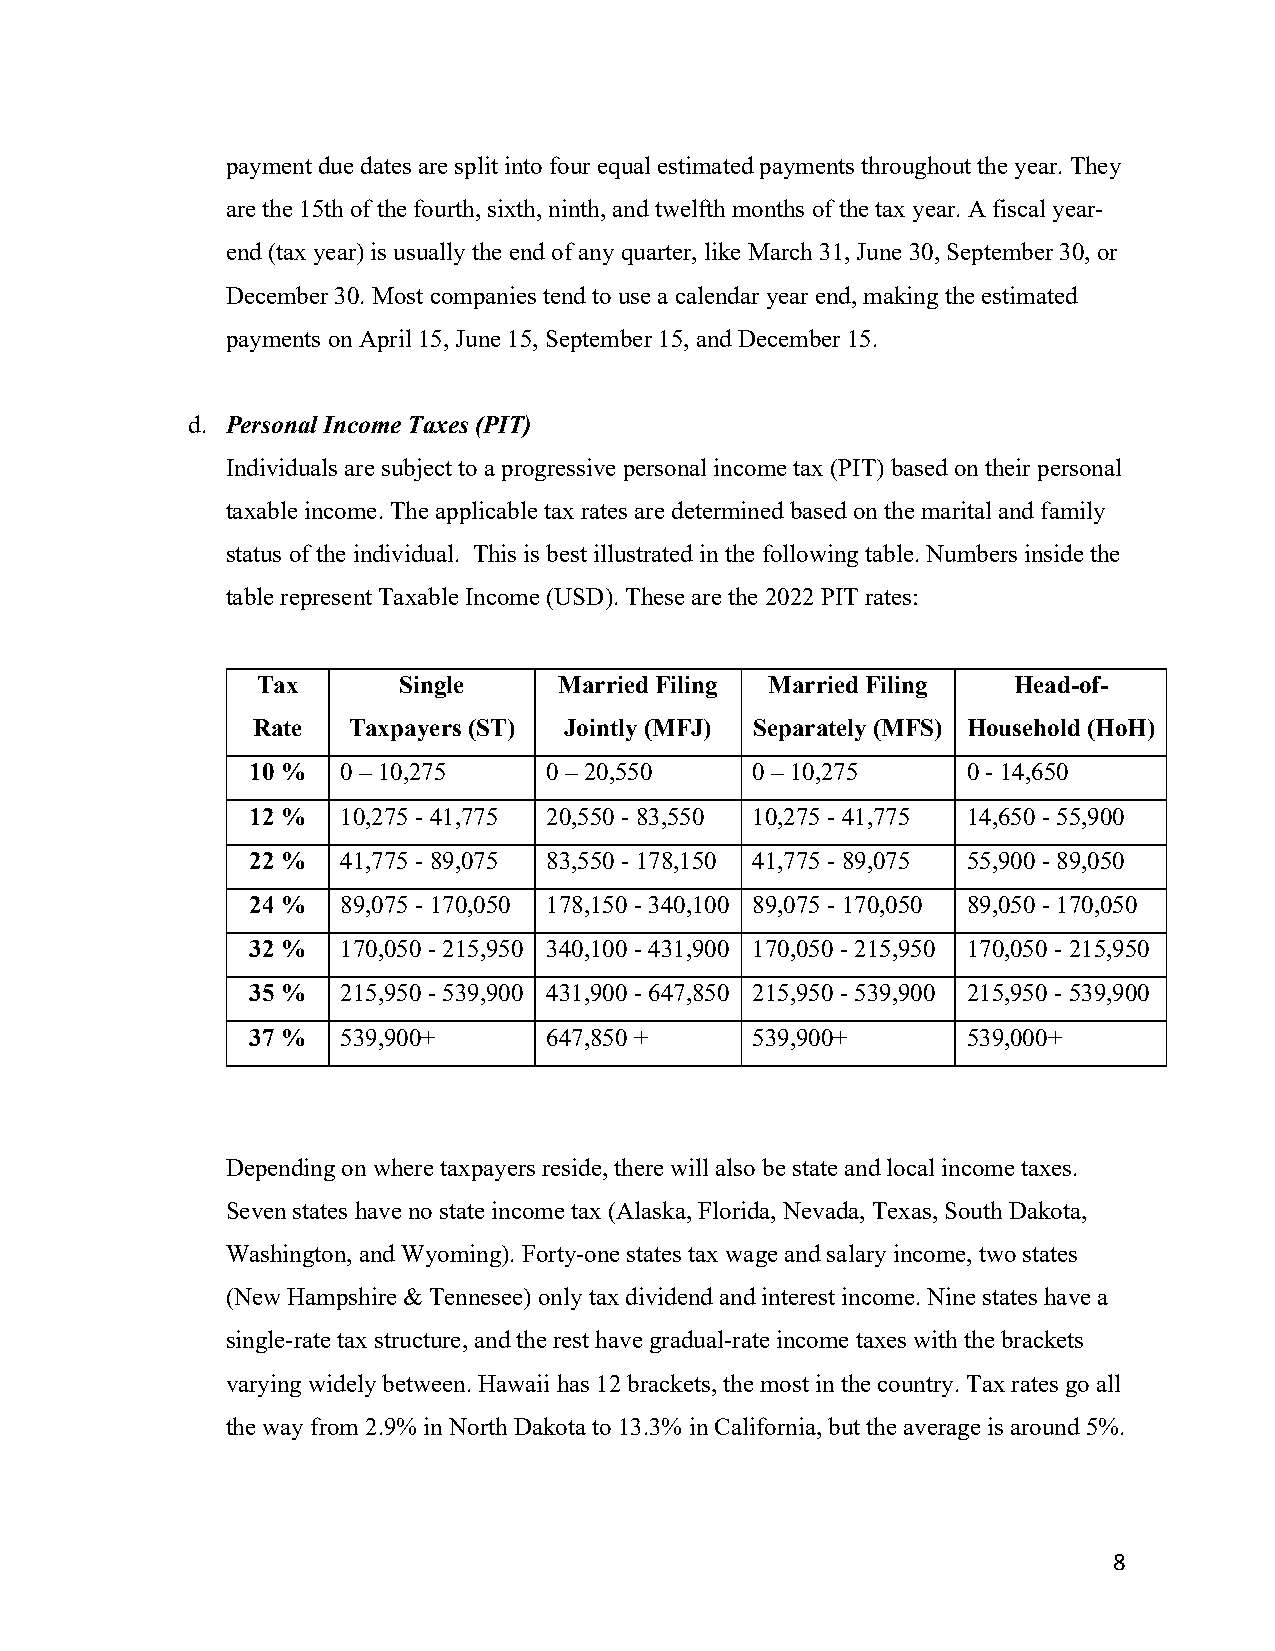
payment due dates are split into four equal estimated payments throughout the year. They
 are the 15th of the fourth, sixth, ninth, and twelfth months of the tax year. A fiscal year-
 end (tax year) is usually the end of any quarter, like March 31, June 30, September 30, or
 December 30. Most companies tend to use a calendar year end, making the estimated
 payments on April 15, June 15, September 15, and December 15.
 d. Personal Income Taxes (PIT)
 Individuals are subject to a progressive personal income tax (PIT) based on their personal
 taxable income. The applicable tax rates are determined based on the marital and family
 status of the individual. This is best illustrated in the following table. Numbers inside the
 table represent Taxable Income (USD). These are the 2022 PIT rates:
 Tax      Single     Married Filing Married Filing Head-of-
 Rate  Taxpayers (ST) Jointly (MFJ) Separately (MFS) Household (HoH)
 10 %  0 – 10,275   0 – 20,550    0 – 10,275    0 - 14,650
 12 %  10,275 - 41,775 20,550 - 83,550 10,275 - 41,775 14,650 - 55,900
 22 %  41,775 - 89,075 83,550 - 178,150 41,775 - 89,075 55,900 - 89,050
 24 %  89,075 - 170,050 178,150 - 340,100 89,075 - 170,050 89,050 - 170,050
 32 %  170,050 - 215,950 340,100 - 431,900 170,050 - 215,950 170,050 - 215,950
 35 %  215,950 - 539,900 431,900 - 647,850 215,950 - 539,900 215,950 - 539,900
 37 %  539,900+     647,850 +     539,900+      539,000+
 Depending on where taxpayers reside, there will also be state and local income taxes.
 Seven states have no state income tax (Alaska, Florida, Nevada, Texas, South Dakota,
 Washington, and Wyoming). Forty-one states tax wage and salary income, two states
 (New Hampshire & Tennesee) only tax dividend and interest income. Nine states have a
 single-rate tax structure, and the rest have gradual-rate income taxes with the brackets
 varying widely between. Hawaii has 12 brackets, the most in the country. Tax rates go all
 the way from 2.9% in North Dakota to 13.3% in California, but the average is around 5%.
 8